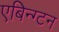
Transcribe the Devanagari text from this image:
एबिन्ग्टन